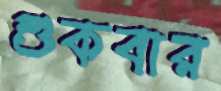
শুকবার